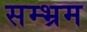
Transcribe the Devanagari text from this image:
सम्‍भ्रम